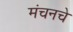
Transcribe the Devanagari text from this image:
मंचनचे